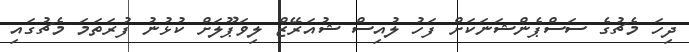
ދިހަ މެޗުގެ ސަސްޕެންޝަނަކަށް ފަހު ލުއިސް ޝުއަރޭޒް ލިވަޕޫލަށް ކުޅުނު ފުރަތަމަ މެޗުގައި